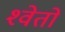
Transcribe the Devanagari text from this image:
श्‍वेतो